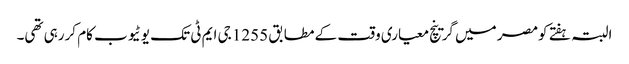
البتہ ہفتے کومصر میں گرینچ معیاری وقت کے مطابق 1255 جی ایم ٹی تک یوٹیوب کام کررہی تھی۔